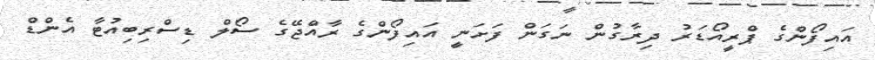
އައިފޯންގެ ޕްރީއޯޑަރު ދިރާގުން ނަގަން ފަށަނީ އައިފޯންގެ ރާއްޖޭގެ ސޯލް ޑިސްރިބިއުޓާ އެންޑް